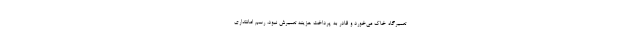
تعمیرگاه خاک می‌خورد و قادر به پرداخت هزینه تعمیرش نبود، رسم امانتداری